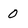
Character: 0